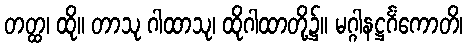
တတ္ထ၊ ထို။ တာသု ဂါထာသု၊ ထိုဂါထာတို့၌။ မဂ္ဂါနဋ္ဌင်္ဂံကောတိ၊